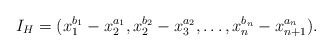
\begin{align*}I_H=(x_1^{b_1}-x_2^{a_1}, x_2^{b_2}-x_3^{a_2}, \dots, x_n^{b_n}-x_{n+1}^{a_n}).\end{align*}